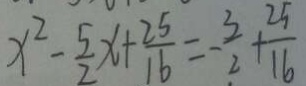
x ^ { 2 } - \frac { 5 } { 2 } x + \frac { 2 5 } { 1 6 } = - \frac { 3 } { 2 } + \frac { 2 5 } { 1 6 }